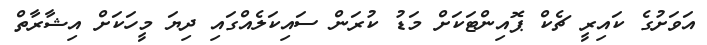
އަވަށުގެ ކައިރީ ޗެކް ޕޮއިންޓަކަށް މަޑު ކުރަން ސައިކަލެއްގައި ދިޔަ މީހަކަށް އިޝާރާތް